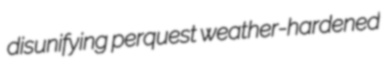
disunifying perquest weather-hardened